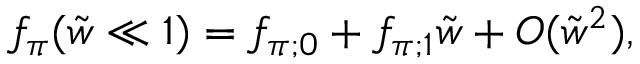
f _ { \pi } ( \tilde { w } \ll 1 ) = f _ { \pi ; 0 } + f _ { \pi ; 1 } \tilde { w } + O ( \tilde { w } ^ { 2 } ) ,